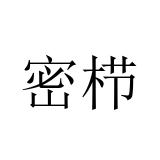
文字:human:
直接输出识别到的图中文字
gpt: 密栉